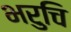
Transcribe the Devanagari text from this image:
भरुचि